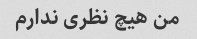
من هیچ نظری ندارم